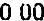
0.00